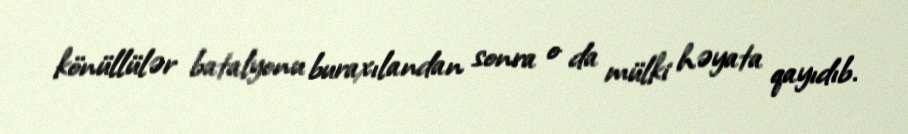
könüllülər batalyonu buraxılandan sonra o da mülki həyata qayıdıb.